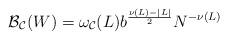
LaTeX: \begin{align*}{\cal B_C}(W) = \omega_{\cal C}(L) b^\frac{\nu(L)-|L|}{2} N^{-\nu(L)}\end{align*}